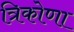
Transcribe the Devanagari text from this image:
त्रिकोणा